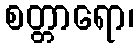
စတ္တာရော၊